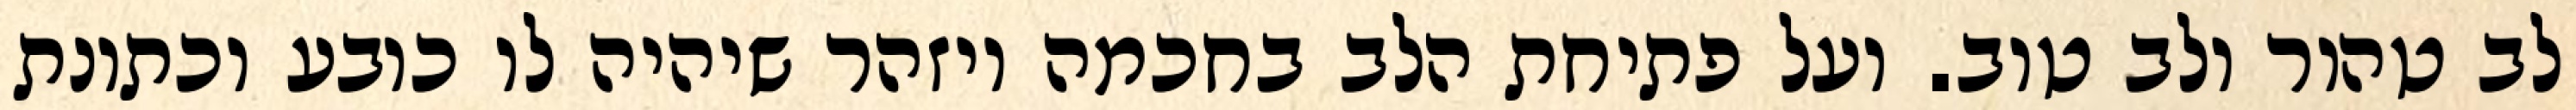
לב טהור ולב טוב. ועל פתיחת הלב בחכמה ויזהר שיהיה לו כובע וכתונת